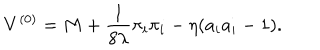
V ^ { ( 0 ) } = M + \frac { 1 } { 8 \lambda } \pi _ { i } \pi _ { i } - \eta ( a _ { i } a _ { i } - 1 ) .